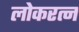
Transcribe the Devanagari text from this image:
लोकरत्न